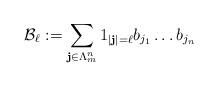
LaTeX: \begin{align*}\mathcal{B}_{\ell}:=\sum_{\mathbf{j}\in\Lambda_{m}^{n}}1_{\left\vert\mathbf{j}\right\vert =\ell}b_{j_{1}}\dots b_{j_{n}} \end{align*}